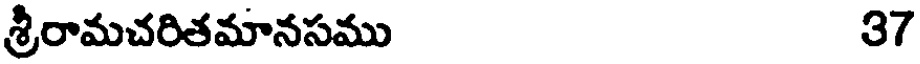
శ్రీరామచరితమానసము 37